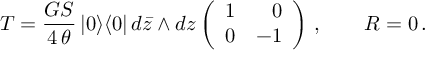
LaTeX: { \cal T } = \frac { G S } { 4 \, \theta } \, | 0 \rangle \langle 0 | \, d \bar { z } \wedge d z \left( \begin{array} { r r } { { 1 } } & { { 0 } } \\ { { 0 } } & { { - 1 } } \end{array} \right) \, , \qquad { \cal R } = 0 \, .